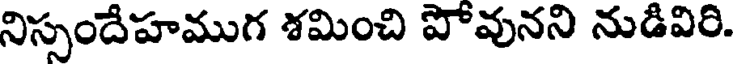
నిస్సందేహముగ శమించి పోవునని నుడివిరి.